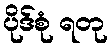
ပိုဒ်စုံ ရတု